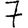
Digit: 7